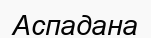
Аспадана